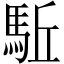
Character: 駈